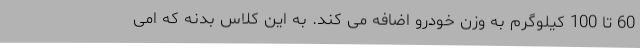
60 تا 100 کیلوگرم به وزن خودرو اضافه می کند. به این کلاس بدنه که امی